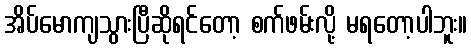
အိပ်မောကျသွားပြီဆိုရင်တော့ စက်ဖမ်းလို့ မရတော့ပါဘူး။